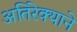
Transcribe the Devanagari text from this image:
अतिरेक्याने